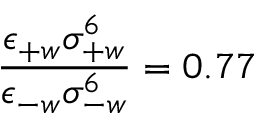
\frac { \epsilon _ { + w } \sigma _ { + w } ^ { 6 } } { \epsilon _ { - w } \sigma _ { - w } ^ { 6 } } = 0 . 7 7